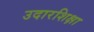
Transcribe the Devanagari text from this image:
उदारशिक्षा